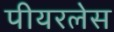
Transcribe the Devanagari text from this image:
पीयरलेस